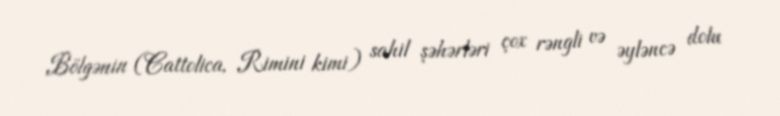
Bölgənin (Cattolica, Rimini kimi) sahil şəhərləri çox rəngli və əyləncə dolu